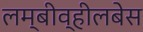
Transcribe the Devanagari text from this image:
लम्बीव्हीलबेस